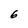
Character: 6